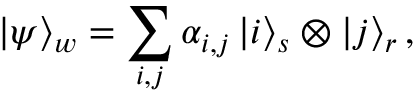
\left| \psi \right\rangle _ { w } = \sum _ { i , j } \alpha _ { i , j } \left| i \right\rangle _ { s } \otimes \left| j \right\rangle _ { r } ,